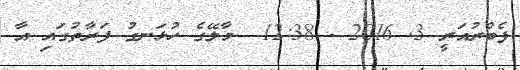
ފެބްރުއަރީ 3